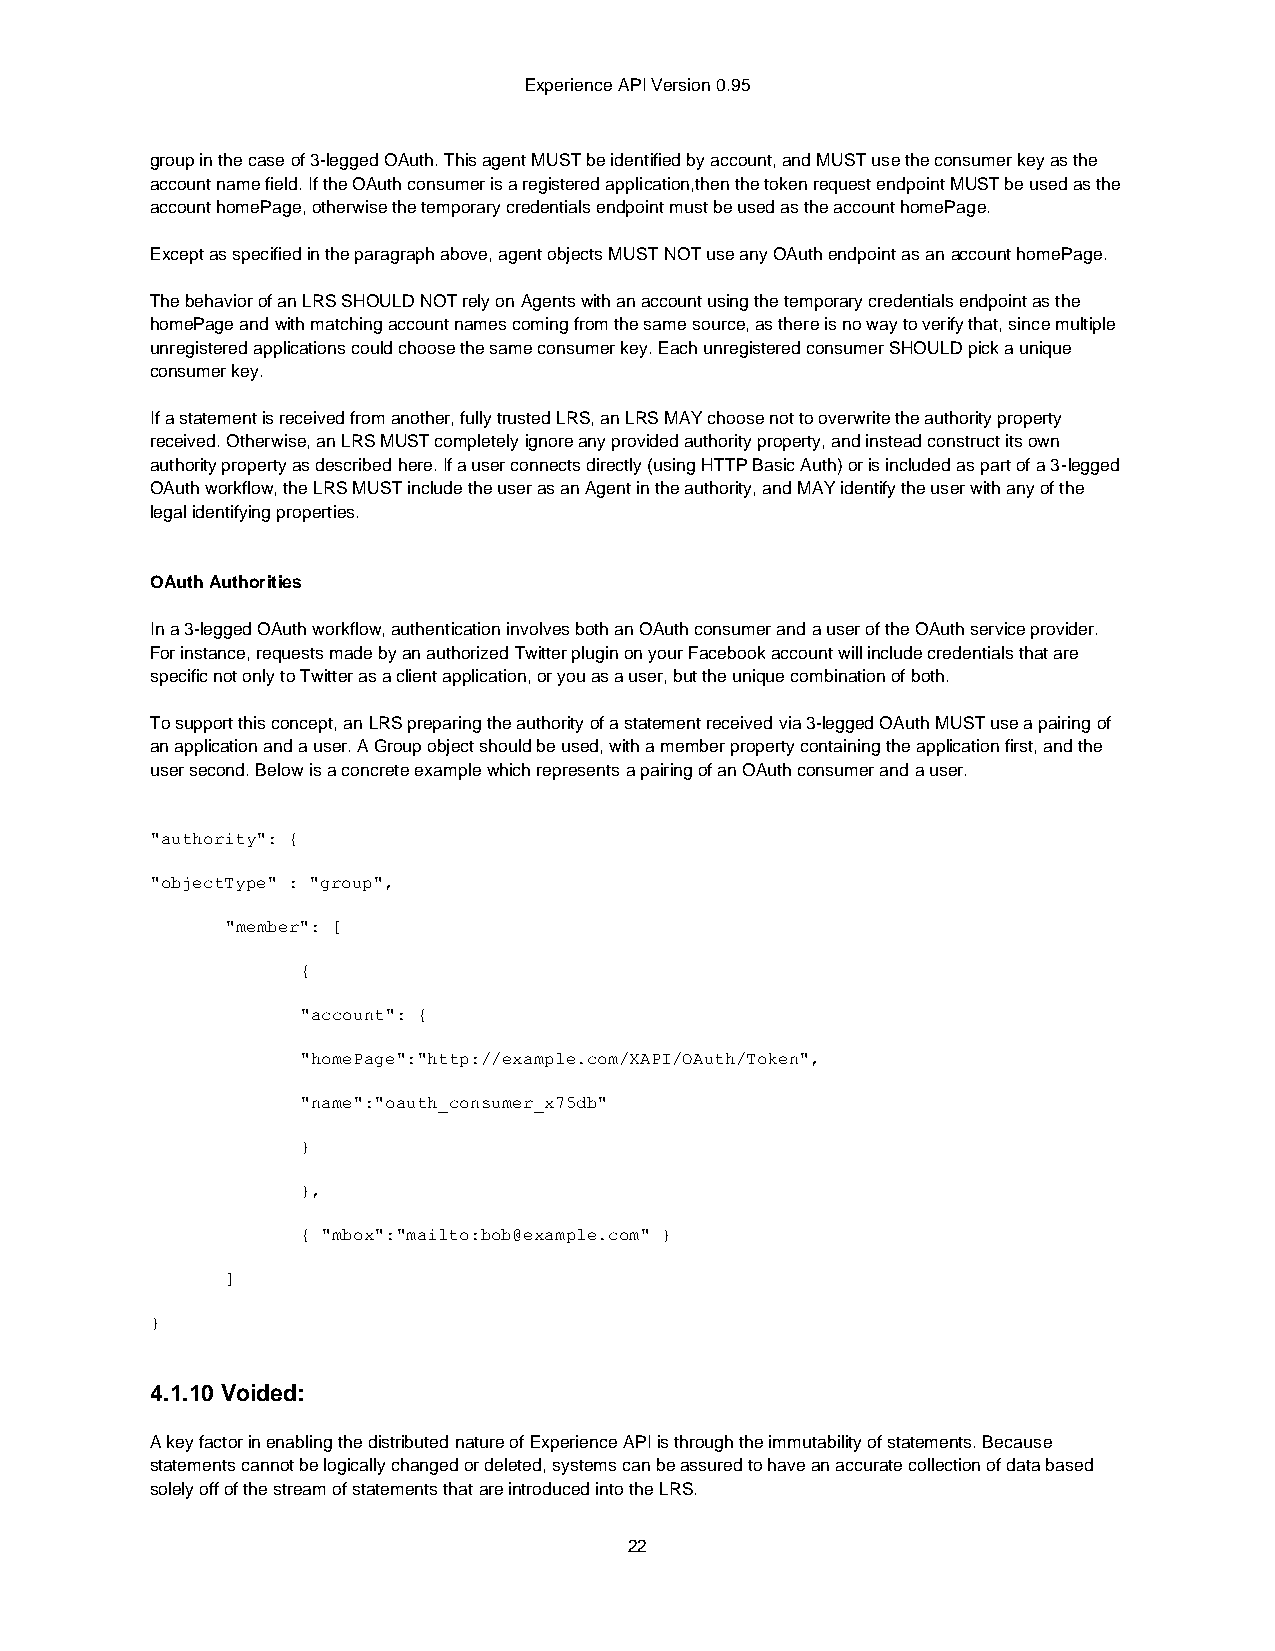
Experience API Version 0.95
 group in the case of 3-legged OAuth. This agent MUST be identified by account, and MUST use the consumer key as the
 account name field. If the OAuth consumer is a registered application,then the token request endpoint MUST be used as the
 account homePage, otherwise the temporary credentials endpoint must be used as the account homePage.
 Except as specified in the paragraph above, agent objects MUST NOT use any OAuth endpoint as an account homePage.
 The behavior of an LRS SHOULD NOT rely on Agents with an account using the temporary credentials endpoint as the
 homePage and with matching account names coming from the same source, as there is no way to verify that, since multiple
 unregistered applications could choose the same consumer key. Each unregistered consumer SHOULD pick a unique
 consumer key.
 If a statement is received from another, fully trusted LRS, an LRS MAY choose not to overwrite the authority property
 received. Otherwise, an LRS MUST completely ignore any provided authority property, and instead construct its own
 authority property as described here. If a user connects directly (using HTTP Basic Auth) or is included as part of a 3-legged
 OAuth workflow, the LRS MUST include the user as an Agent in the authority, and MAY identify the user with any of the
 legal identifying properties.
 OAuth Authorities
 In a 3-legged OAuth workflow, authentication involves both an OAuth consumer and a user of the OAuth service provider.
 For instance, requests made by an authorized Twitter plugin on your Facebook account will include credentials that are
 specific not only to Twitter as a client application, or you as a user, but the unique combination of both.
 To support this concept, an LRS preparing the authority of a statement received via 3-legged OAuth MUST use a pairing of
 an application and a user. A Group object should be used, with a member property containing the application first, and the
 user second. Below is a concrete example which represents a pairing of an OAuth consumer and a user.
 "authority": {
 "objectType" : "group",
 "member": [
 {
 "account": {
 "homePage":"http://example.com/XAPI/OAuth/Token",
 "name":"oauth_consumer_x75db"
 }
 },
 { "mbox":"mailto:bob@example.com" }
 ]
 }
 4.1.10 Voided:
 A key factor in enabling the distributed nature of Experience API is through the immutability of statements. Because
 statements cannot be logically changed or deleted, systems can be assured to have an accurate collection of data based
 solely off of the stream of statements that are introduced into the LRS.
 22